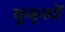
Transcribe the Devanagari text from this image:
कुकृत्‍यों